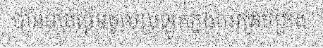
បានចាប់ផ្តើមចូលប្រឡូកក្នុងការគ្រប់គ្រង